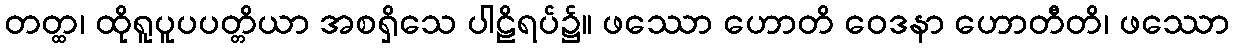
တတ္ထ၊ ထိုရူပူပပတ္တိယာ အစရှိသေ ပါဠိရပ်၌။ ဖဿော ဟောတိ ဝေဒနာ ဟောတီတိ၊ ဖဿော